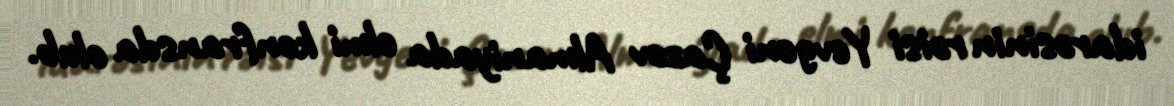
idarəsinin rəisi Yevgeni Çazov Almaniyada elmi konfransda olub.